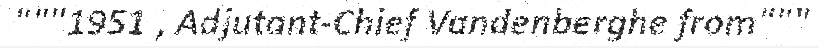
"""1951 , Adjutant-Chief Vandenberghe from"""